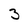
Character: 3